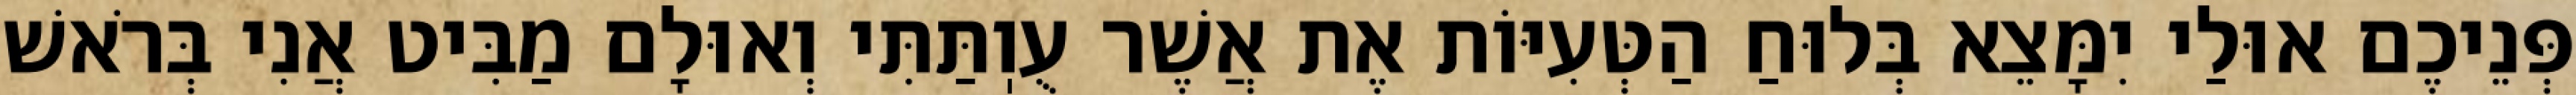
פְּנֵיכֶם אוּלַי יִמָּצֵא בְּלוּחַ הַטְּעִיּוֹת אֶת אֲשֶׁר עֻוֽתַּתִּי וְאוּלָם מַבִּיט אֲנִי בְּרֹאשׁ